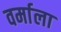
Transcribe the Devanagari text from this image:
वर्माला